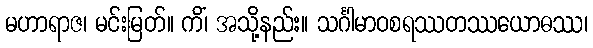
မဟာရာဇ၊ မင်းမြတ်။ ကိံ၊ အသို့နည်း။ သင်္ဂါမာဝစရဿတဿယောဓဿ၊